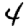
Digit: 4